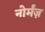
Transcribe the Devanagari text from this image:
नोर्मंज़